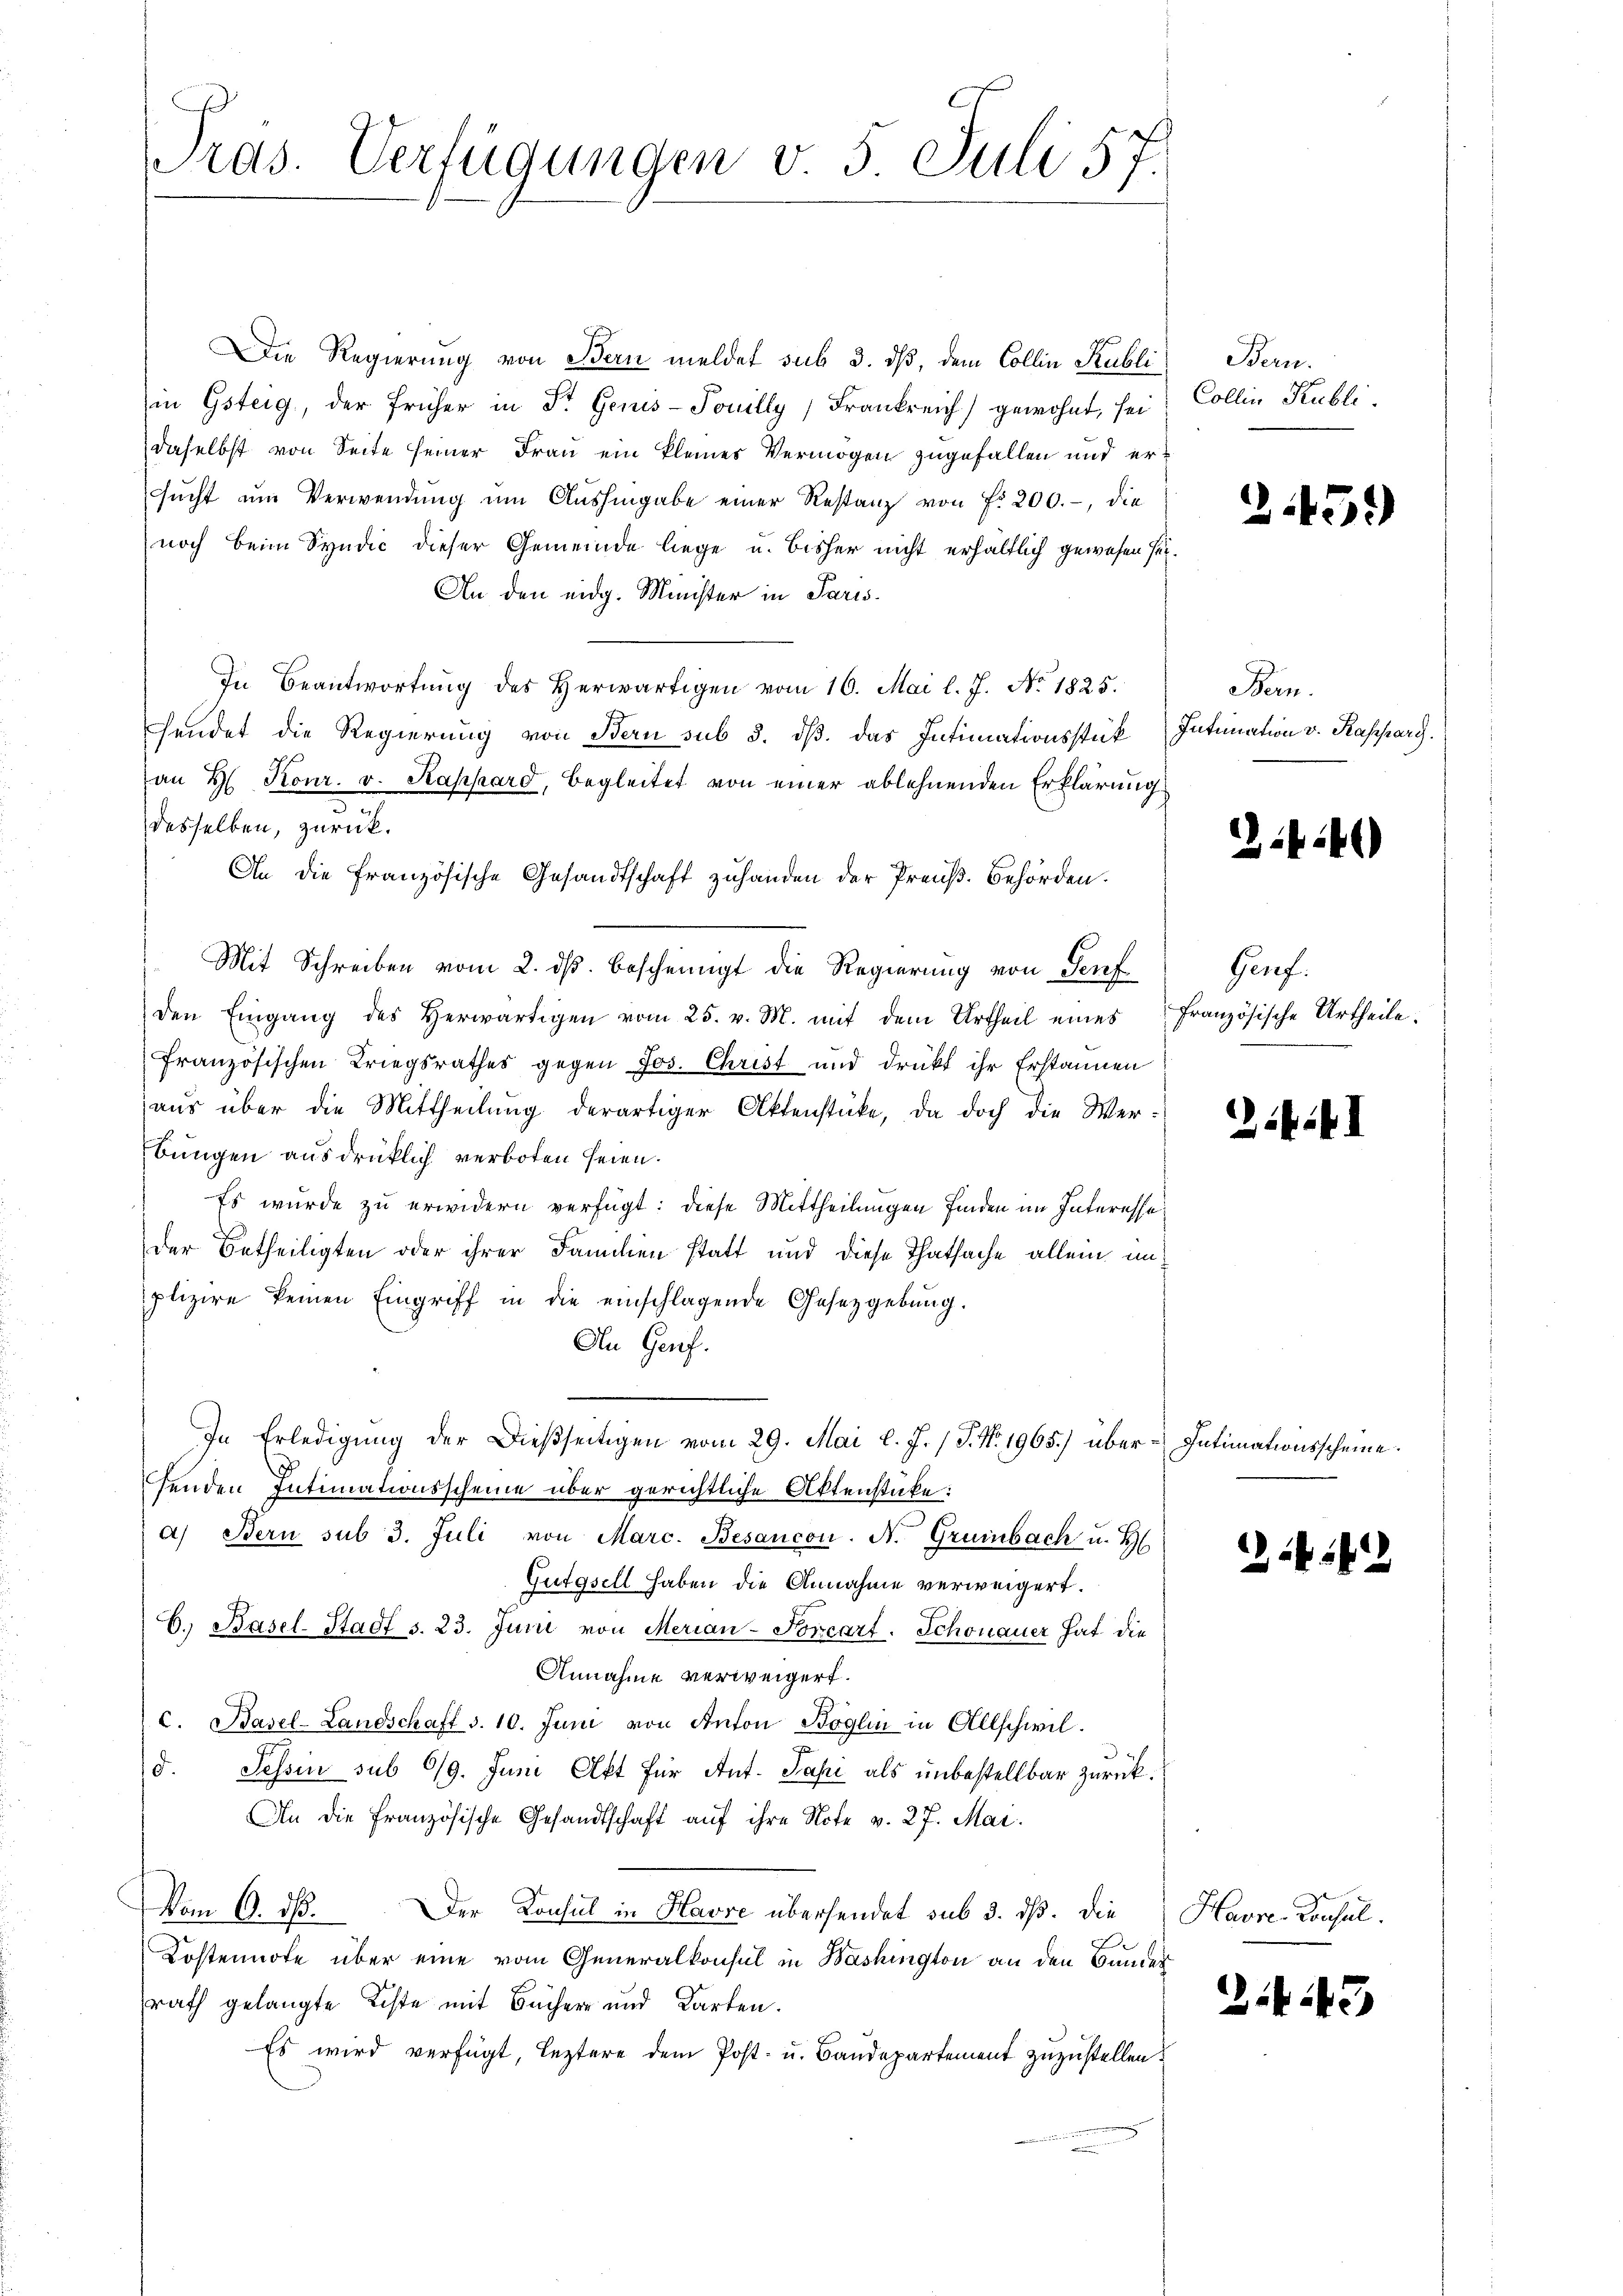
ras. Verfügungen v. 5. Juli 57.

Die Regierung von Bern meldet sub 3. dß, dem Collin Publi
in Gsteig, der früher in Dr. Genis-Souilly, Frankreich gewohnt, sei
daselbst von Seite seiner Frau ein kleines Vermögen zugefallen und erssucht um Verwendung um Aushingabe einer Restanz von f. 200.-, die
noch beim Syndić dieser Gemeinde liege u. bisher nicht erhältlich gewesen sei.
An den eidg. Minister in Paris
In Beantwortung des Herwärtigen vom 16. Mai l. J. No. 1825.
endet die Regierung von Bern sub 5. dß. das Intimationsstük
an H. Konr. v. Kappard, begleitet von einer ablehnenden Erklärung
desselben, zurück.
An die französische Gesandtschaft zuhanden der Preuß. Behörden.
Mit Schreiben vom 2. ds. bescheinigt die Regierung von Genf
den Eingang des Herwärtigen vom 25. v. M. mit dem Urtheil eines
französischen Kriegsrathes gegen Jos. Christ und drückt ihr Erstannen
aus über die Mittheilung derartiger Aktenstücke, da doch die Werbungen ausdrücklich verboten seien.
Es wurde zu erwidern verfügt: diese Mittheilungen finden im Interesse
Der Betheiligten oder ihrer Familien statt und diese Thatsache allein in
plizire keinen Eingriff in die einschlagende Gesetzgebung.
An Genf.
In Erledigung der Dießseitigen vom 29. Mai l. J. J. No. 1965.) über Intimationsscheine.
senden Intimationsscheine über gerichtliche Aktenstücke:
a) Bern sub 3. Juli von Marc. Besancon. N. Grünbach u. H
Gutgsell haben die Annahme verweigert.
C. Basel-Stadt s. 23. Juni von Merian-Forcart. Schonauer hat die
Annahme verweigert.
c. Basel-Landschaft S. 10. Juni von Anton Boglin in Allschwil.
.
Tessin sub 619. Juni Alkt für Ant. Papi als unbestellbar zurück.
An die französische Gesandtschaft auf ihre Note v. 27. Mai.
Vom 9. dβ. Der Konsul in Havre übersendet sub 3. dß. Die
Kostennote über eine vom Generalkonsul in Washington an den Bunder
rath gelangte Liste mit Bücher und Karten.
Es wird verfügt, leztere dem Post- u. Baudepartement zuzustellen.

Bern.
Collin Kubli

2.45.

Bern.
Intimation v. Kasparg.

446)

Gerf.
französische Urtheile.

kif

1242

Havre-Konsul

Z.443